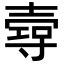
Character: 𡔺